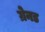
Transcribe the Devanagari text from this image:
ग्रेनड